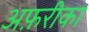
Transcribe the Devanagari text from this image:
अफ़रीका